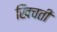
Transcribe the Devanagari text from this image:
खिचती